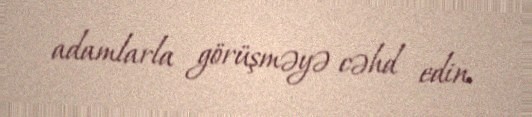
adamlarla görüşməyə cəhd edin.